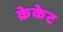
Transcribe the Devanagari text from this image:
क्रेकेट